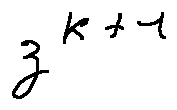
z ^ { k + 1 }